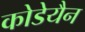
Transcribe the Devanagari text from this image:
कोडेयैन